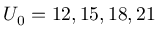
U _ { 0 } = 1 2 , 1 5 , 1 8 , 2 1